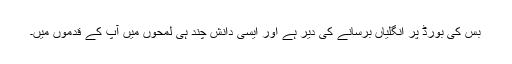
بس کی بورڈ پر انگلیاں برسانے کی دیر ہے اور ایسی دانش چند ہی لمحوں میں‌ آپ کے قدموں میں۔